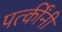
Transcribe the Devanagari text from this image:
पत्कींनी